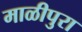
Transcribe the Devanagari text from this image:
माळीपुरा